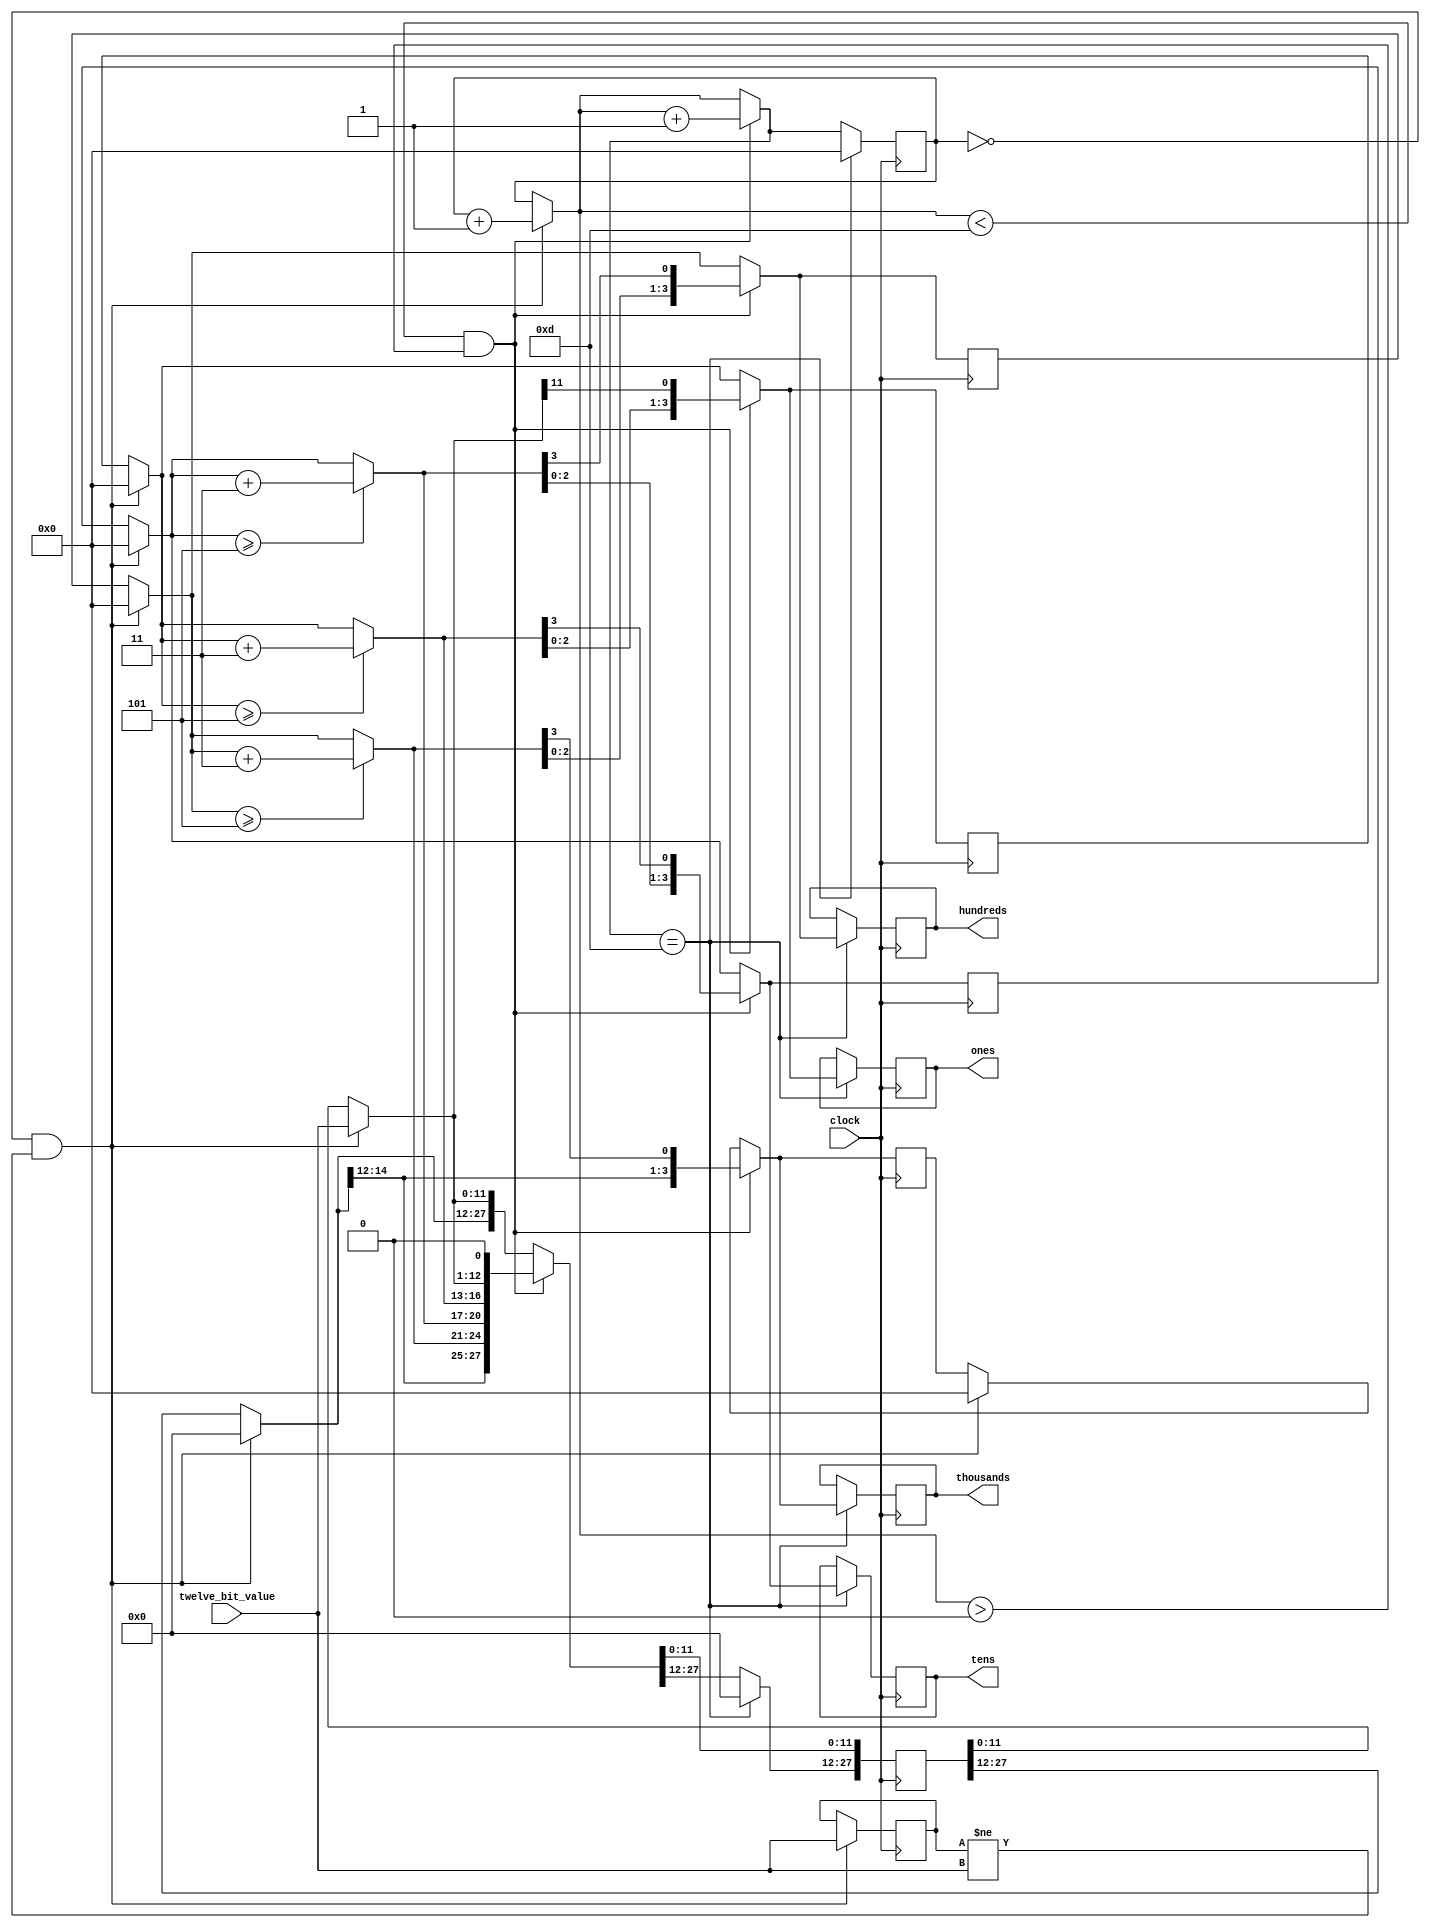
`timescale 1ns / 1ps

module twelve_bit_Binary_to_BCD(
  input clock,
  input [11:0] twelve_bit_value,

  output reg [3:0] ones = 0,
  output reg [3:0] tens = 0,
  output reg [3:0] hundreds = 0,
  output reg [3:0] thousands = 0
  );

//----------------- INITIALIZING PORT DATA VALUES --------------------
reg [3:0] i = 0;
reg [27:0] shift_register = 0;
/* temporary registers that keep output values unchanged
   until final BCD value is ready */
reg [3:0] temp_ones = 0;
reg [3:0] temp_tens = 0;
reg [3:0] temp_hundreds = 0;
reg [3:0] temp_thousands = 0;
// store [7:0] 8-bit value here until [7:0] 8-bit value changes
reg[11:0] OLD_twelve_bit_value = 0;

// ----------- BCD CONVERSION PROCESS ---------------------------
always @(posedge clock)
begin
// Enter 'if' statement if eight_bit_value CHANGES, checked using != operator
   if (i == 0 & (OLD_twelve_bit_value != twelve_bit_value)) begin
   /* != is logical INEQUALITY, returns true (1) if OLD 8-bit value
      does NOT equal 8-bit value, false (0) otherwise */
      shift_register = 27'b0; // initialize shift register to 0
      // assign the current eight_bit_value to the OLD_eight_bit_value
      OLD_twelve_bit_value = twelve_bit_value;
      // put 8-bit counter value into bottom 8 bits of the shift register
      shift_register [11:0] = twelve_bit_value;
      // define the temporary registers as part of the shift_register
      temp_ones = shift_register[15:12];
      temp_tens = shift_register[19:16];
      temp_hundreds = shift_register[23:20];
      temp_thousands = shift_register[27:24];
      // begin the conversion process leading to next 'if' statement
      i = i+1;      
   end
   if (i<13 & i>0) begin
      // check if temporary ones, tens or hundreds are greater than or equal to 5
      if (temp_ones >= 5) temp_ones = temp_ones + 3;
      if (temp_tens >= 5) temp_tens = temp_tens + 3;
      if (temp_hundreds >= 5) temp_hundreds = temp_hundreds + 3;
      if (temp_thousands >= 5) temp_thousands = temp_thousands + 3;
      // put ones, tens and hundreds into shift register (top 12 bits)
      shift_register [23:12] = {temp_thousands, temp_hundreds, temp_tens, temp_ones};
      // then shift left by 1
      shift_register = shift_register << 1;
      // now set the new values to temporary hundreds, tens and ones again
      temp_ones = shift_register[15:12];
      temp_tens = shift_register[19:16];
      temp_hundreds = shift_register[23:20];
      temp_thousands = shift_register[27:24];
      i = i + 1;
   end
   if (i == 13) begin
      i = 0; // reset i to zero
      // assign temporary values to the actual outputs after BCD conversion done
      ones = temp_ones;
      tens = temp_tens;
      hundreds = temp_hundreds;
      thousands = temp_thousands;
      shift_register [27:12] = 0;
   end
// Remember: all = signs means these steps execute sequentially in time     
end    
endmodule